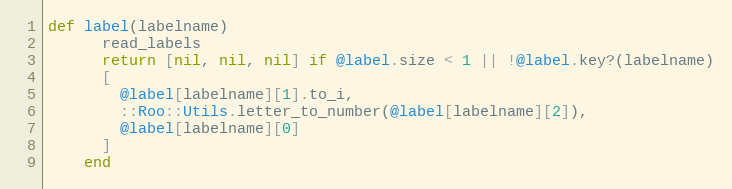
Language: Ruby
def label(labelname)
      read_labels
      return [nil, nil, nil] if @label.size < 1 || !@label.key?(labelname)
      [
        @label[labelname][1].to_i,
        ::Roo::Utils.letter_to_number(@label[labelname][2]),
        @label[labelname][0]
      ]
    end